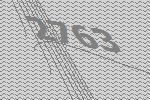
2763